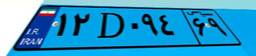
۱۲D۰۹۴۶۹